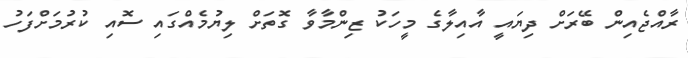
ރާއްޖެއިން ބޭރަށް ދިޔައީ އާއިލާގެ މީހަކު ޒިންމާވާ ގޮތަށް ލިޔުމެއްގައި ސޮއި ކުރުމަށްފަހު